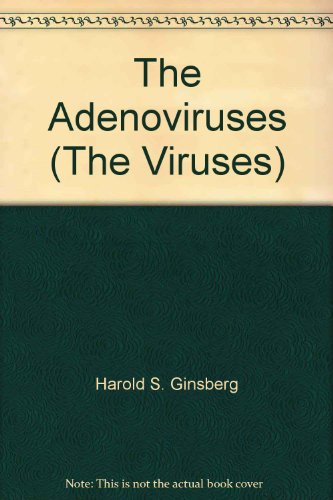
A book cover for The Adenoviruses (The Viruses); Medical Books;